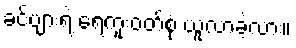
ခင်ဗျားရဲ့ ရေကူးဝတ်စုံ ယူလာခဲ့လား။